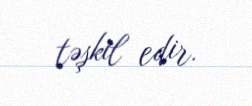
təşkil edir.